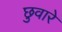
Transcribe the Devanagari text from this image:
छुवारे